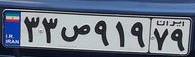
۳۳ص۹۱۹۷۹